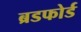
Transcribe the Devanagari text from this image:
ब्रडफोर्ड